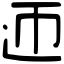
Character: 迊